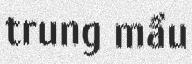
trung mầu